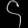
Digit: ၄